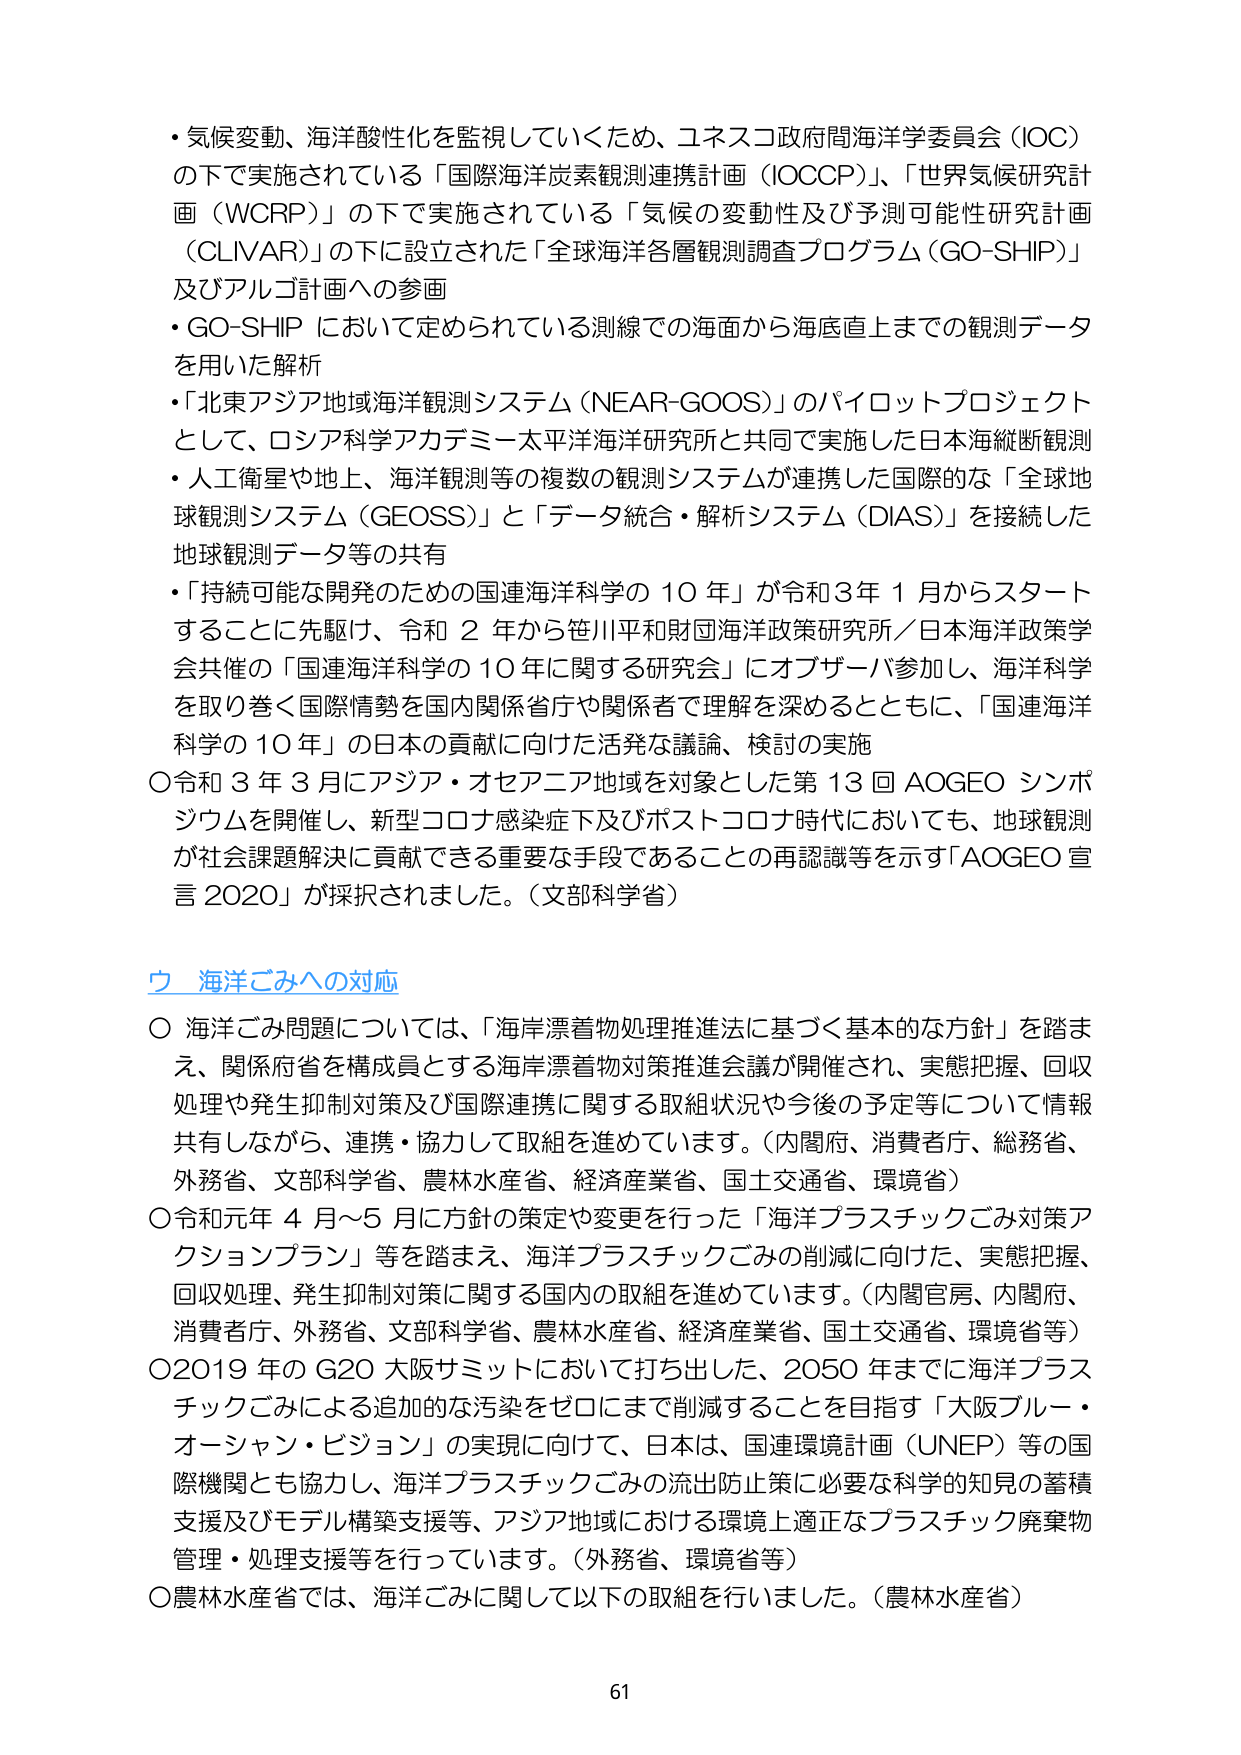
・気候変動、海洋酸性化を監視していくため、ユネスコ政府間海洋学委員会（IOC）の下で実施されている「国際海洋炭素観測連携計画（IOCCP）」、「世界気候研究計画（WCRP）」の下で実施されている「気候の変動性及び予測可能性研究計画（CLIVAR）」の下に設立された「全球海洋各層観測調査プログラム（GO-SHIP）」及びアルゴ計画への参画
・GO-SHIP において定められている測線での海面から海底直上までの観測データを用いた解析
・「北東アジア地域海洋観測システム（NEAR-GOOS）」のパイロットプロジェクトとして、ロシア科学アカデミー太平洋海洋研究所と共同で実施した日本海縦断観測
・人工衛星や地上、海洋観測等の複数の観測システムが連携した国際的な「全球地球観測システム（GEOSS）」と「データ統合・解析システム（DIAS）」を接続した地球観測データ等の共有
・「持続可能な開発のための国連海洋科学の10年」が令和3年1月からスタートすることに先駆け、令和2年から笹川平和財団海洋政策研究所／日本海洋政策学会共催の「国連海洋科学の10年に関する研究会」にオブザーバ参加し、海洋科学を取り巻く国際情勢を国内関係省庁や関係者で理解を深めるとともに、「国連海洋科学の10年」の日本の貢献に向けた活発な議論、検討の実施
○令和3年3月にアジア・オセアニア地域を対象とした第13回AOGEOシンポジウムを開催し、新型コロナ感染症下及びポストコロナ時代においても、地球観測が社会課題解決に貢献できる重要な手段であることの再認識等を示す「AOGEO宣言2020」が採択されました。（文部科学省）

ウ 海洋ごみへの対応
○海洋ごみ問題については、「海岸漂着物処理推進法に基づく基本的な方針」を踏まえ、関係府省を構成員とする海岸漂着物対策推進会議が開催され、実態把握、回収処理や発生抑制対策及び国際連携に関する取組状況や今後の予定等について情報共有しながら、連携・協力して取組を進めています。（内閣府、消費者庁、総務省、外務省、文部科学省、農林水産省、経済産業省、国土交通省、環境省）
○令和元年4月～5月に方針の策定や変更を行った「海洋プラスチックごみ対策アクションプラン」等を踏まえ、海洋プラスチックごみの削減に向けた、実態把握、回収処理、発生抑制対策に関する国内の取組を進めています。（内閣官房、内閣府、消費者庁、外務省、文部科学省、農林水産省、経済産業省、国土交通省、環境省等）
○2019年のG20大阪サミットにおいて打ち出した、2050年までに海洋プラスチックごみによる追加的な汚染をゼロにまで削減することを目指す「大阪ブルーオーシャン・ビジョン」の実現に向けて、日本は、国連環境計画（UNEP）等の国際機関とも協力し、海洋プラスチックごみの流出防止策に必要な科学的知見の蓄積支援及びモデル構築支援等、アジア地域における環境上適正なプラスチック廃棄物管理・処理支援等を行っています。（外務省、環境省等）
○農林水産省では、海洋ごみに関して以下の取組を行いました。（農林水産省）

61